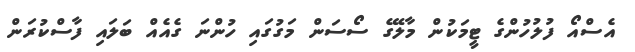
އެސްއޯ ފުލުހުންގެ ޓީމަކުން މާލޭގެ ސޯސަން މަގުގައި ހުންނަ ގެއެއް ބަލައި ފާސްކުރަން